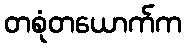
တစုံတယောက်က